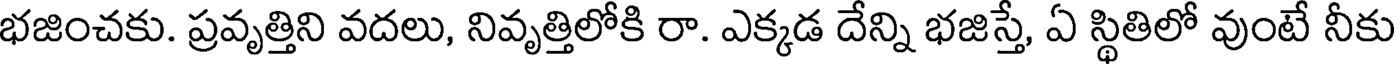
భజించకు. ప్రవృత్తిని వదలు, నివృత్తిలోకి రా. ఎక్కడ దేన్ని భజిస్తే, ఏ స్థితిలో వుంటే నీకు